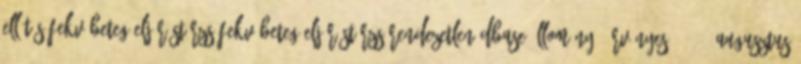
ellátás Fekvőbeteg-eljárástörzs Fekvőbeteg-eljárástörzs rendezetlen dBase állomány. Érvényes: 2011. augusztus